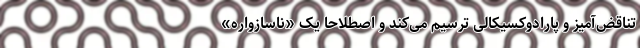
تناقض‌آمیز و پارادوکسیکالی ترسیم می‌کند و اصطلاحاً یک «ناسازواره»